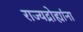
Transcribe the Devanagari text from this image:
राज्यद्रोह्यांना